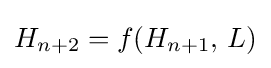
H_{n+2}=f(H_{n+1},\,L)